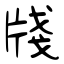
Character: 牋